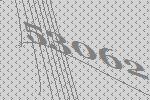
53062